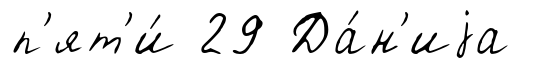
п'ят'и́ 29 Да́н'иjа